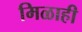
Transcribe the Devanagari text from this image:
मिळाही